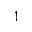
1